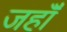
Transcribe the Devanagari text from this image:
जहॉँ